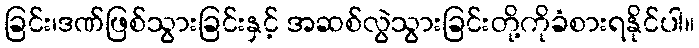
ခြင်း၊ဒဏ်ဖြစ်သွားခြင်းနှင့် အဆစ်လွဲသွားခြင်းတို့ကိုခံစားရနိုင်ပါ။